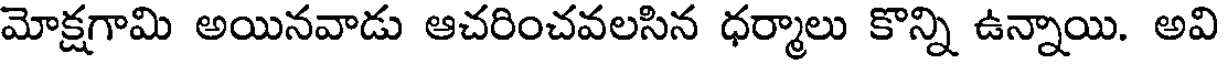
మోక్షగామి అయినవాడు ఆచరించవలసిన ధర్మాలు కొన్ని ఉన్నాయి. అవి